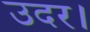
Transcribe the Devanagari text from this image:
उदर।